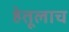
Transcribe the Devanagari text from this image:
हेतूलाच